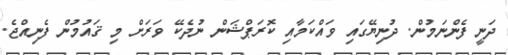
ދަނީ ފެންނަމުން. ދުނިޔޭގައި ވައްކަމާއި ކޮރަޕްޝަން ނުދެކޭ ވަރަށް މި ޤައުމުން ފެނިއްޖެ.